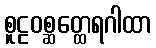
စူဠဝစ္ဆတ္ထေရဂါထာ